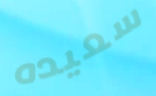
سعيده